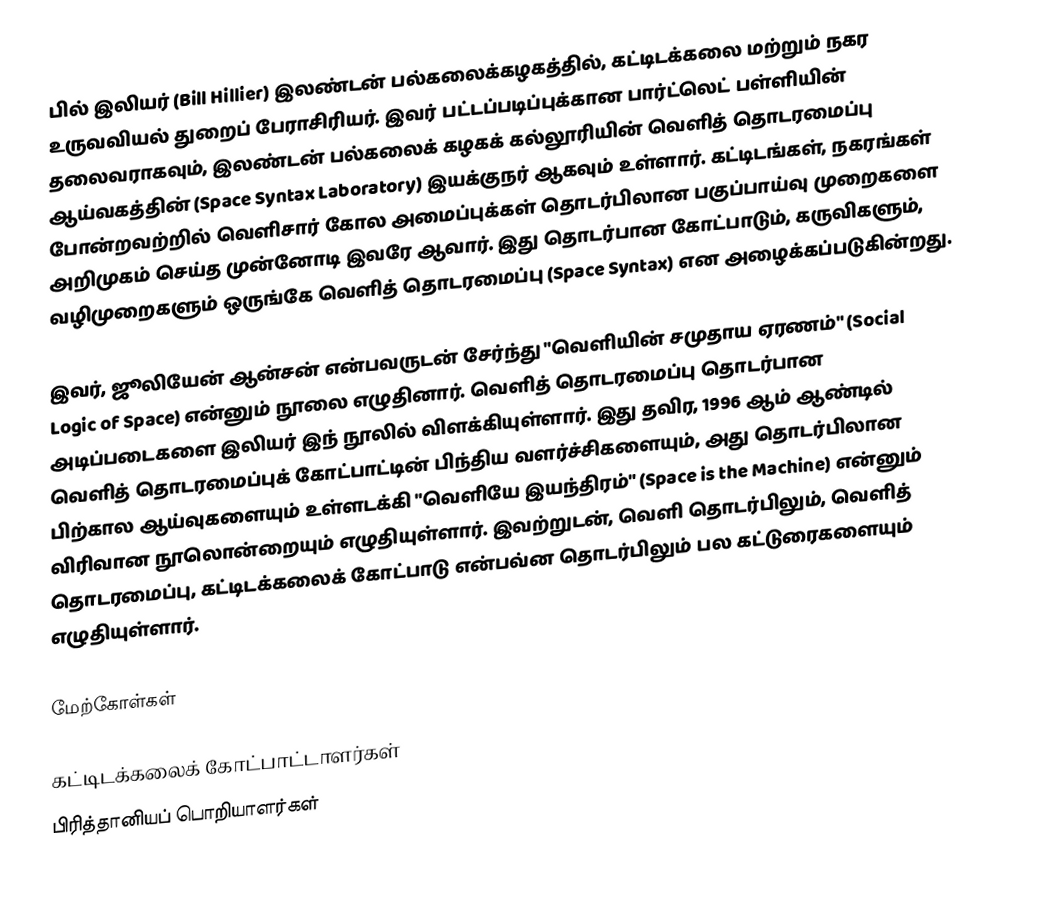
பில் இலியர் (Bill Hillier) இலண்டன் பல்கலைக்கழகத்தில், கட்டிடக்கலை மற்றும் நகர உருவவியல் துறைப் பேராசிரியர். இவர் பட்டப்படிப்புக்கான பார்ட்லெட் பள்ளியின் தலைவராகவும், இலண்டன் பல்கலைக் கழகக் கல்லூரியின் வெளித் தொடரமைப்பு ஆய்வகத்தின் (Space Syntax Laboratory) இயக்குநர் ஆகவும் உள்ளார். கட்டிடங்கள், நகரங்கள் போன்றவற்றில் வெளிசார் கோல அமைப்புக்கள் தொடர்பிலான பகுப்பாய்வு முறைகளை அறிமுகம் செய்த முன்னோடி இவரே ஆவார். இது தொடர்பான கோட்பாடும், கருவிகளும், வழிமுறைகளும் ஒருங்கே வெளித் தொடரமைப்பு (Space Syntax) என அழைக்கப்படுகின்றது.

இவர், ஜூலியேன் ஆன்சன் என்பவருடன் சேர்ந்து "வெளியின் சமுதாய ஏரணம்" (Social Logic of Space) என்னும் நூலை எழுதினார். வெளித் தொடரமைப்பு தொடர்பான அடிப்படைகளை இலியர் இந் நூலில் விளக்கியுள்ளார். இது தவிர, 1996 ஆம் ஆண்டில் வெளித் தொடரமைப்புக் கோட்பாட்டின் பிந்திய வளர்ச்சிகளையும், அது தொடர்பிலான பிற்கால ஆய்வுகளையும் உள்ளடக்கி "வெளியே இயந்திரம்" (Space is the Machine) என்னும் விரிவான நூலொன்றையும் எழுதியுள்ளார். இவற்றுடன், வெளி தொடர்பிலும், வெளித் தொடரமைப்பு, கட்டிடக்கலைக் கோட்பாடு என்பவ்ன தொடர்பிலும் பல கட்டுரைகளையும் எழுதியுள்ளார்.

மேற்கோள்கள்

கட்டிடக்கலைக் கோட்பாட்டாளர்கள்
பிரித்தானியப் பொறியாளர்கள்